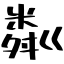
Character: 粼